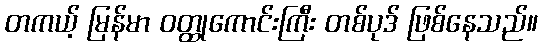
တကယ့် မြန်မာ ဝတ္ထုကောင်းကြီး တစ်ပုဒ် ဖြစ်နေသည်။